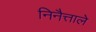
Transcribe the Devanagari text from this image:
निनैत्ताले